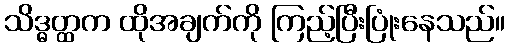
သိဒ္ဓတ္ထက ထိုအချက်ကို ကြည့်ပြီးပြုံးနေသည်။